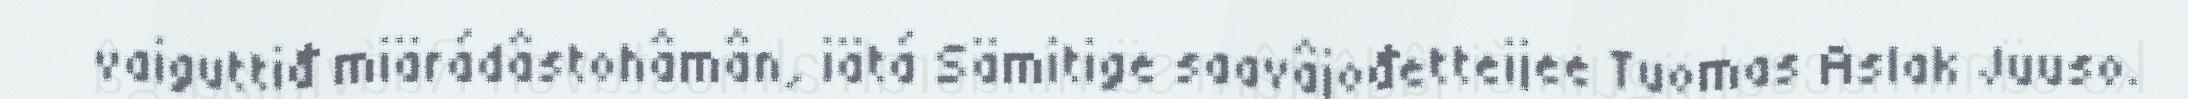
vaiguttiđ miärádâstohâmân, iätá Sämitige saavâjođetteijee Tuomas Aslak Juuso.